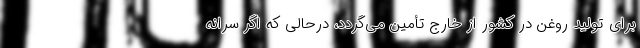
برای تولید روغن در کشور از خارج تأمین می‌‌گردد، درحالی که اگر سرانه